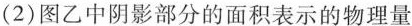
动的距离为s=3m。图乙是滑轮组工作时的